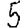
Digit: 5